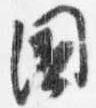
国